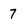
Character: 7